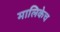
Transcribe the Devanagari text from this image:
मालिकेच